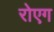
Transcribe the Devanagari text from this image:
रोएग